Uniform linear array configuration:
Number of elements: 16
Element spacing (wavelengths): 0.75
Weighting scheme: kaiser
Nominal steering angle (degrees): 45
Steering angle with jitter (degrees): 46.801
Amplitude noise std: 0.05
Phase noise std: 0.05

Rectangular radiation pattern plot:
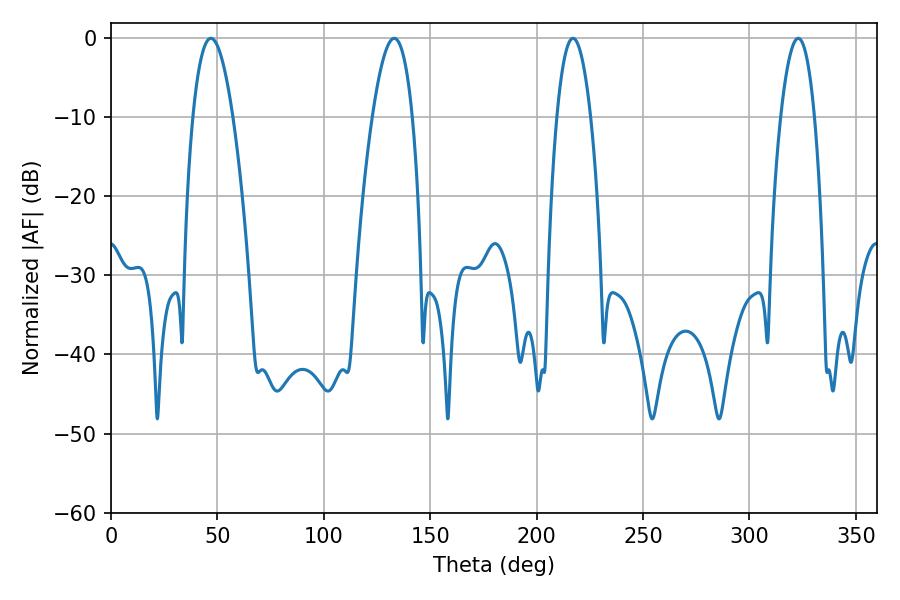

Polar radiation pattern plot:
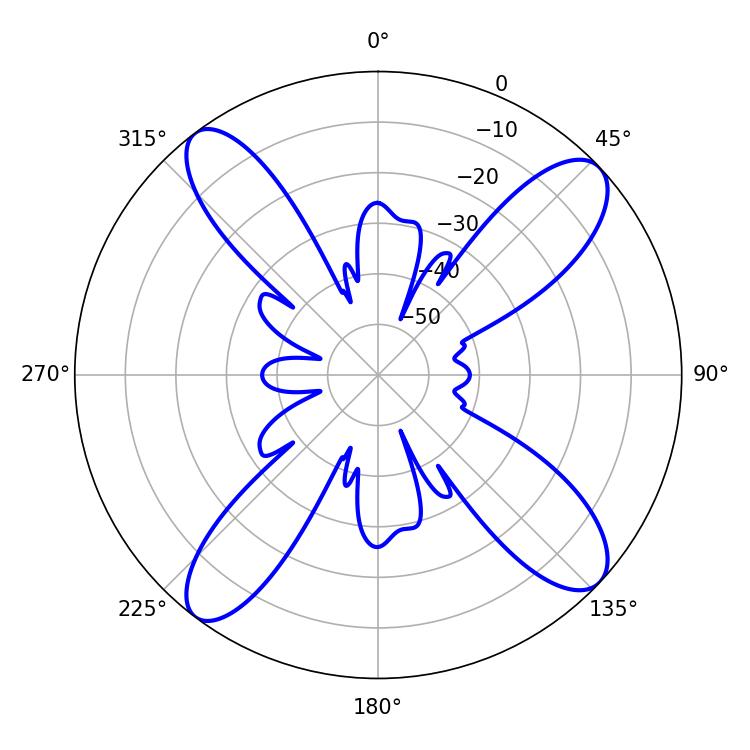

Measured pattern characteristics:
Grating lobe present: TRUE
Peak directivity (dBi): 13.656
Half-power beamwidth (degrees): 8.82
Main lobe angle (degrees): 217.08